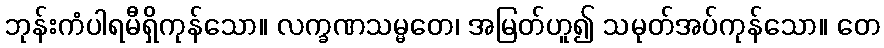
ဘုန်းကံပါရမီရှိကုန်သော။ လက္ခဏသမ္မတေ၊ အမြတ်ဟူ၍ သမုတ်အပ်ကုန်သော။ တေ